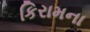
કિરામના